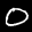
Label: 0